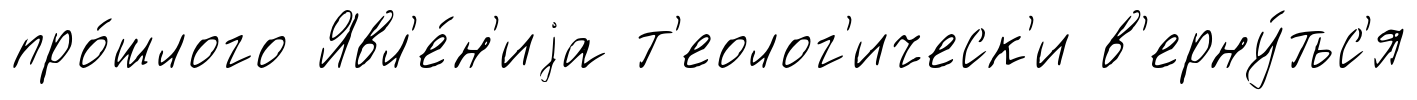
про́шлого Явл'е́н'иjа т'еолог'ическ'и в'ерну́тьс'я